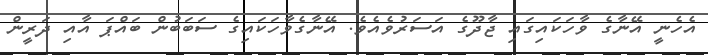
އެހެނީ އޭނާގެ ވާހަކައިގައި ޖާދޫގެ އަސަރުވެއެވެ. އޭނާގެވާހަކައިގެ ސަބަބުން ބައްޕަ އާއި ދަރީން